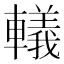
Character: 轙